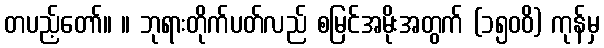
တပည့်တော်။ ။ ဘုရားတိုက်ပတ်လည် စမြင်အမိုးအတွက် (၁၅၀၀ိ) ကုန်မှ